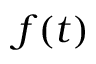
f ( t )